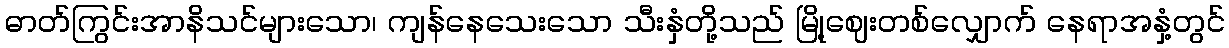
ဓာတ်ကြွင်းအာနိသင်များသော၊ ကျန်နေသေးသော သီးနှံတို့သည် မြို့ဈေးတစ်လျှောက် နေရာအနှံ့တွင်